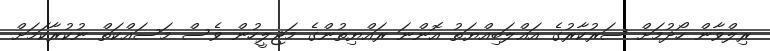
ރިލްވާން ހޯދުމަށް ސަރުކާރުގެ އަޣްލަބިއްޔަތު އޮންނަ ރައްޔިތުންގެ މަޖިލީހުން ވެސް މަސައްކަތް ނުކުރާކަމަށް